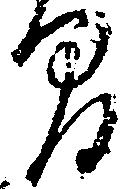
間